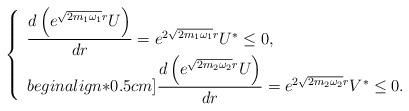
LaTeX: \begin{align*}\left\{\begin{array}{ll}\dfrac{d\left(e^{\sqrt{2m_1\omega_1}r}U\right)}{dr}=e^{2\sqrt{2m_1\omega_1}r}U^*\leq0,\\begin{align*}0.5cm]\dfrac{d\left(e^{\sqrt{2m_2\omega_2}r}U\right)}{dr}=e^{2\sqrt{2m_2\omega_2}r}V^*\leq0.\end{array}\right.\end{align*}